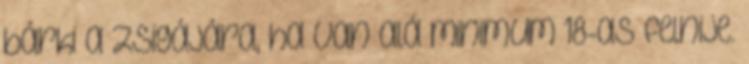
bárki a Zsigájára, ha van alá minimum 18-as felnije.